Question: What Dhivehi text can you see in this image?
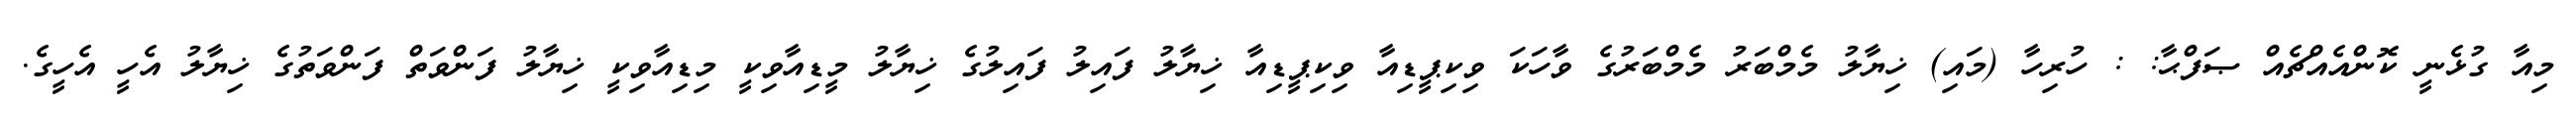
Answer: މިއާ ގުޅެނީ ކޮންއެއްޗެއް ޞަފްޙާ: : ހުރިހާ (މައި) ޚިޔާލު މެމްބަރު މެމްބަރުގެ ވާހަކަ ވިކިޕީޑިއާ ވިކިޕީޑިއާ ޚިޔާލު ފައިލު ފައިލުގެ ޚިޔާލު މީޑިއާވިކީ މިޑިއާވިކީ ޚިޔާލު ފަންވަތް ފަންވަތުގެ ޚިޔާލު އެހީ އެހީގެ.